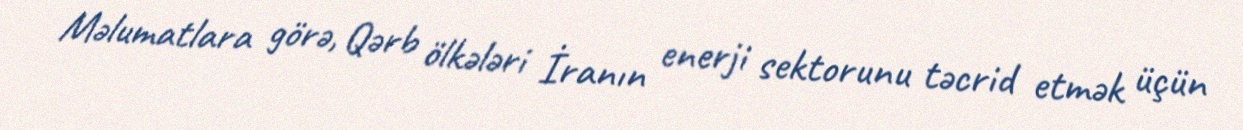
Məlumatlara görə, Qərb ölkələri İranın enerji sektorunu təcrid etmək üçün